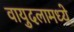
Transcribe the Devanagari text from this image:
वायुदलामध्ये